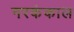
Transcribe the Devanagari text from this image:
नरकंकाल